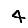
Digit: 4